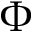
\Phi